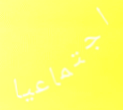
اجتماعيا